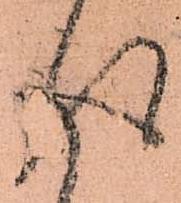
得